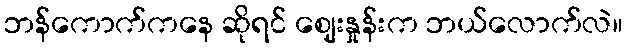
ဘန်ကောက်ကနေ ဆိုရင် ဈေးနှုန်းက ဘယ်လောက်လဲ။